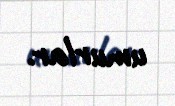
umurlar.